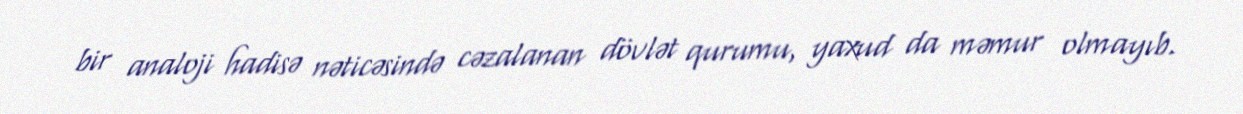
bir analoji hadisə nəticəsində cəzalanan dövlət qurumu, yaxud da məmur olmayıb.